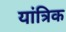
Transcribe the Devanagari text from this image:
यांत्रिक